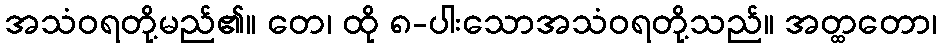
အသံဝရတို့မည်၏။ တေ၊ ထို ၈-ပါးသောအသံဝရတို့သည်။ အတ္ထတော၊